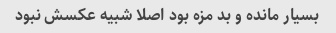
بسیار مانده و بد مزه بود اصلا شبیه عکسش نبود